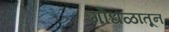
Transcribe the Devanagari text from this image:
गोंधळातून